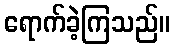
ရောက်ခဲ့ကြသည်။